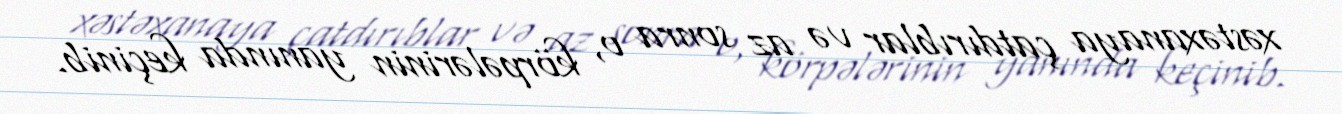
xəstəxanaya çatdırıblar və az sonra o, körpələrinin yanında keçinib.